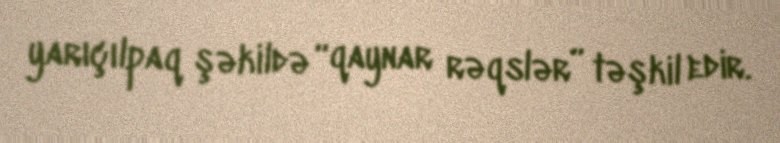
yarıçılpaq şəkildə “qaynar rəqslər” təşkil edir.